Circular to school boards. Audit of accounts, 1910
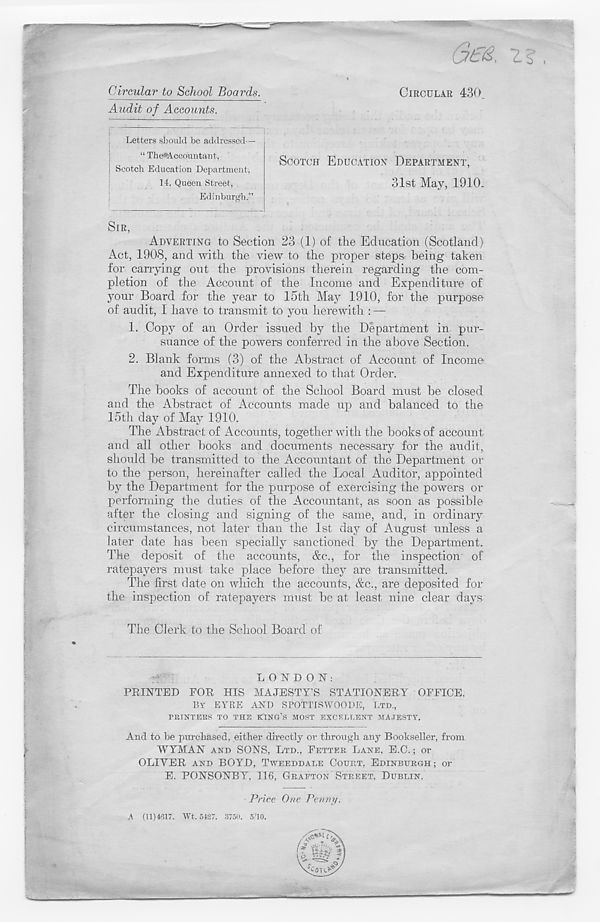
&£&, 'll
Circular to School Boards.
CIRCULAR 430
SCOTCH EDUCATION DEPARTMENT,
31st May, 1910-
SIR,
ADVERTING to Section 23 (1) of the Education (Scotland)
Act, 1908, and Avitli the view to the proper steps being taken
for carrying out the provisions therein regarding the com-
pletion of the Account of the Income and Expenditure of
your Board for the year to loth May 1910, for the purpose
of audit, I have to transmit to you herewith : —
1. Copy of an Order issued by the Department in pur-
suance of the powers conferred in the above Section.
2. Blank forms (3) of the Abstract of Account of Income
and Expenditure annexed to that Order.
The books of account of the School Board must be closed
and the Abstract of Accounts made up and balanced to the
15th day of May 1910.
The Abstract of Accounts, together with the books of account
and all other books and documents necessary for the audit,
should be transmitted to the Accountant of the Department or
to the person, hereinafter called the Local Auditor, appointed
by the Department for the purpose of exercising the powers or
performing the duties of the Accountant, as soon as possible
after the closing and signing of the same, and, in ordinary
circumstances, not later than the 1st day of August unless a
later date has been specially sanctioned by the Department.
The deposit of the accounts, &c., for the inspection of
ratepayers must take place before they are transmitted.
The first date on which the accounts, &c., are deposited for
the inspection of ratepayers must be at least nine clear days
The Clerk to the School Board of
Audit of Accounts.
Letters should be addressed—
“ The»Accountant,
Scotch Education Department.
14, Queen Street,
Edinburgh.”
LONDON:
PRINTED FOR HIS MAJESTY’S STATIONERY OFFICE,
BY EYRE AND SPOTTISWOODE, LTD.,
PRINTEBS TO THE KING’S MOST EXCELLENT MAJESTY.
And to be purchased, either directly or through any Bookseller, from
WYMAN AND SONS, LTD., FETTER LANE, E.C.; or
OLIVER AND BOYD, TWEEDDALE COURT, EDINBURGH ; or
E. PONSONBY, 116, GRAFTON STREET, DUBLIN.
Price One Penny.
A (11)4617. Wt. 5487. 3750. 5/10.